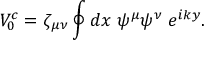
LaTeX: V _ { 0 } ^ { c } = \zeta _ { \mu \nu } \oint d x \; \psi ^ { \mu } \psi ^ { \nu } \; e ^ { i k y } .